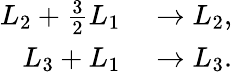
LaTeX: \begin{array}{rl}{L_{2}+{\frac{3}{2}}L_{1}}&{{}\to L_{2},}\\ {L_{3}+L_{1}}&{{}\to L_{3}.}\end{array}